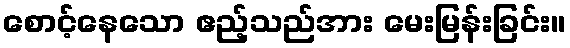
စောင့်နေသော ဧည့်သည်အား မေးမြန်းခြင်း။